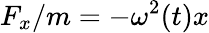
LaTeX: F_{x}/m=-\omega^{2}(t)x